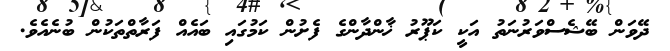
ދޭވަން ބޭޝެސްވަރުނަތު އަކީ ކަޕޫރު ޚާންދާންގެ ފެށުން ކަމުގައި ބައެއް ފަރާތްތަކުން ބުނެއެވެ.